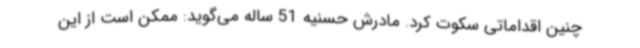
چنین اقداماتی سکوت کرد. مادرش حسنیه 51 ساله می‌گوید: ممکن است از این